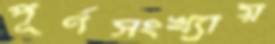
পূর্ণসংখ্যায়